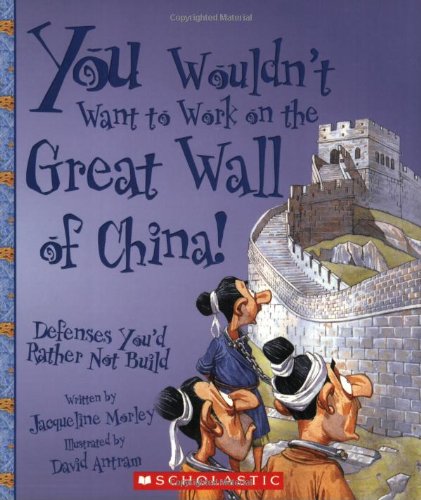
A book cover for You Wouldn't Want to Work on the Great Wall of China!: Defenses You'd Rather Not Build; Jacqueline Morley; Children's Books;